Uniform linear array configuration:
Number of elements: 12
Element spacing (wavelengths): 0.5
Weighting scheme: exponential
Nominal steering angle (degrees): -30
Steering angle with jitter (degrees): -30.424
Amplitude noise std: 0.05
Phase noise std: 0.05

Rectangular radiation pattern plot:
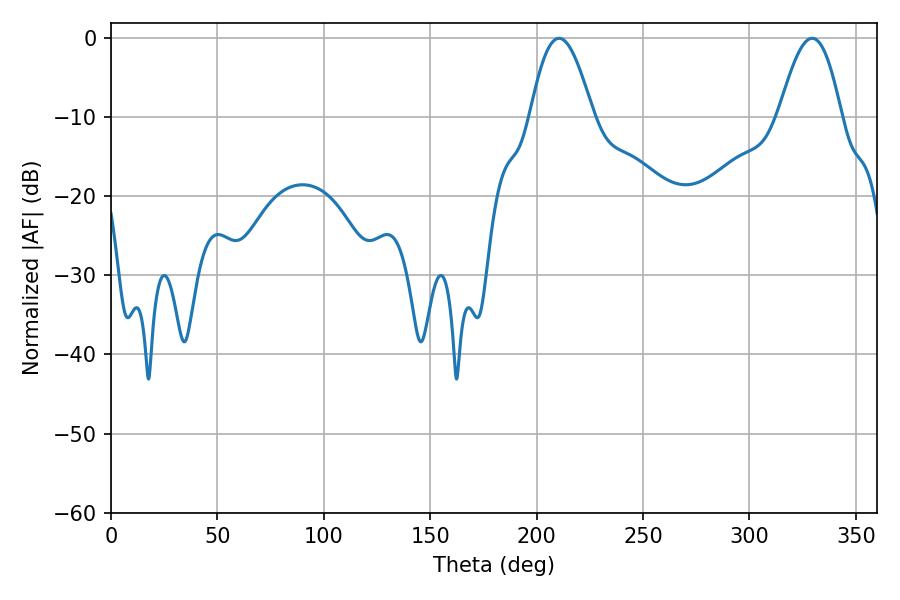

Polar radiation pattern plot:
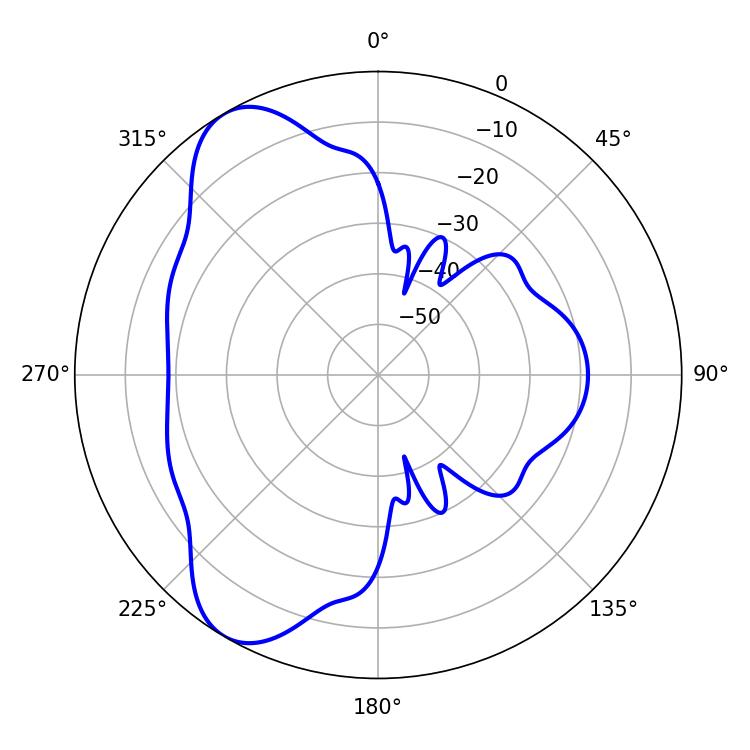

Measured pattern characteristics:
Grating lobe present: FALSE
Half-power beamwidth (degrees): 16.02
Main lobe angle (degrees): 210.6